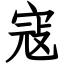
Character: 寇